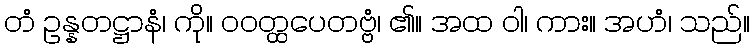
တံ ဥန္နတဋ္ဌာနံ၊ ကို။ ဝဝတ္ထပေတဗ္ဗံ၊ ၏။ အထ ဝါ၊ ကား။ အဟံ၊ သည်။